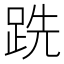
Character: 跣